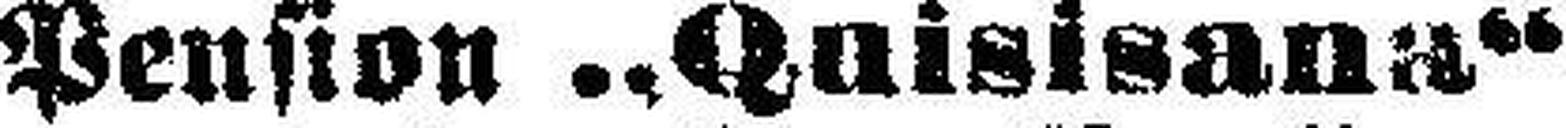
Pension „Quisisana“